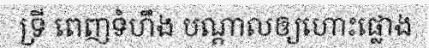
ទ្រី ពេញទំហឹង បណ្តាលឲ្យហោះផ្លោង